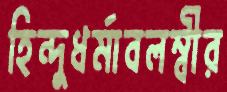
হিন্দুধর্মাবলম্বীর